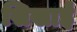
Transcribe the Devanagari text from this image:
सिखाईं